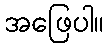
အဖြေပါ။